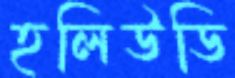
হলিউডি